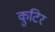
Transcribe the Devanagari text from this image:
कुटिर